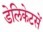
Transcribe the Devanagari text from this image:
डेलिकेटसें